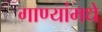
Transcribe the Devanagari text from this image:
गाण्यांमधे